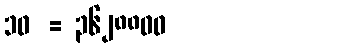
၁၀! = ၃၆၂၈၈၀၀